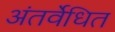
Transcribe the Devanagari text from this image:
अंतर्वेधित